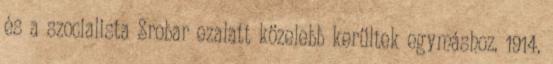
és a szocialista Srobar ezalatt közelebb kerültek egymáshoz. 1914.